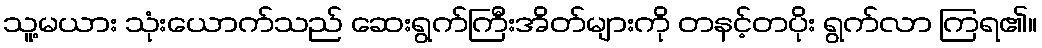
သူ့မယား သုံးယောက်သည် ဆေးရွက်ကြီးအိတ်များကို တနင့်တပိုး ရွက်လာ ကြရ၏။